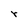
Character: r